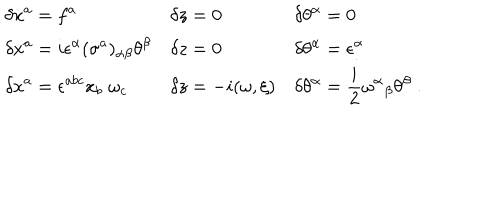
\begin{array} { l l l } { { \displaystyle \delta x ^ { a } = f ^ { a } } } & { { \displaystyle \delta z = 0 } } & { { \displaystyle \delta \theta ^ { \alpha } = 0 } } \\ { { \displaystyle \delta { x ^ { a } } = i \epsilon ^ { \alpha } ( \sigma ^ { a } ) _ { \alpha \beta } \theta ^ { \beta } } } & { { \displaystyle \delta z = 0 } } & { { \displaystyle \delta \theta ^ { \alpha } = \epsilon ^ { \alpha } } } \\ { { \displaystyle \delta x ^ { a } = \epsilon ^ { a b c } x _ { b } \; \omega _ { c } } } & { { \displaystyle \delta z = - i ( \omega , \xi ) } } & { { \displaystyle \delta \theta ^ { \alpha } = \frac { i } { 2 } \omega ^ { \alpha } { } _ { \beta } \theta ^ { \beta } \; . } } \\ \end{array}